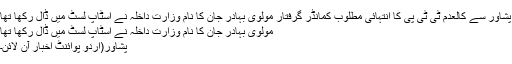
پشاور سے کالعدم ٹی ٹی پی کا انتہائی مطلوب کمانڈر گرفتار مولوی بہادر جان کا نام وزارت داخلہ نے اسٹاپ لسٹ میں ڈال رکھا تھا
مولوی بہادر جان کا نام وزارت داخلہ نے اسٹاپ لسٹ میں ڈال رکھا تھا
پشاور(اُردو پوائنٹ اخبار آن لائن۔